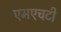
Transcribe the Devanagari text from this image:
एमएचटी